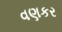
વણકર